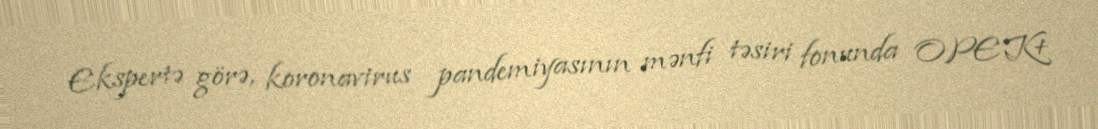
Ekspertə görə, koronavirus pandemiyasının mənfi təsiri fonunda OPEK+